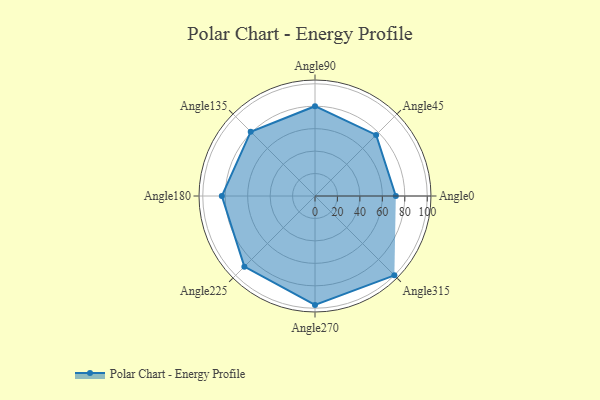
{"axis": {"x": "Angle", "y": "Radius"}, "legend": [""], "data": [{"x": "Angle0", "y": 72.0, "type": ""}, {"x": "Angle45", "y": 77.0, "type": ""}, {"x": "Angle90", "y": 80.0, "type": ""}, {"x": "Angle135", "y": 81.0, "type": ""}, {"x": "Angle180", "y": 83.0, "type": ""}, {"x": "Angle225", "y": 89.0, "type": ""}, {"x": "Angle270", "y": 97.0, "type": ""}, {"x": "Angle315", "y": 100.0, "type": ""}]}